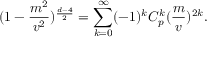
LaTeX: ( 1 - \frac { m ^ { 2 } } { v ^ { 2 } } ) ^ { \frac { d - 4 } { 2 } } = \sum _ { k = 0 } ^ { \infty } ( - 1 ) ^ { k } C _ { p } ^ { k } ( \frac { m } { v } ) ^ { 2 k } .